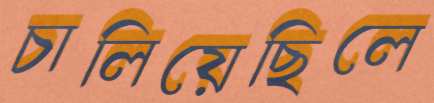
চালিয়েছিলে